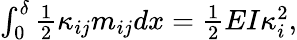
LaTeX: \begin{array}{r}{\int_{0}^{\delta}\frac 12\kappa_{ij}m_{ij}dx=\frac 12EI\kappa_{i}^{2},}\end{array}